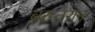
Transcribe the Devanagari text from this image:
बख्तरान